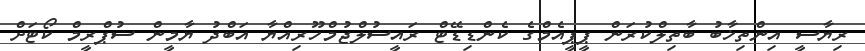
ރިޔާސީ އިންތިޚާބު ބާތިލްކުރަން ޕީޕީއެމްގެ ކެންޑިޑޭޓް ރައީސުލްޖުމްހޫރިއްޔާ އަބްދު ޔާމީން ސުޕްރީމް ކޯޓަށް